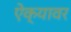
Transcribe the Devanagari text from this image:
ऐक्यावर